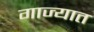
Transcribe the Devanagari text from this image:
गाज्यात